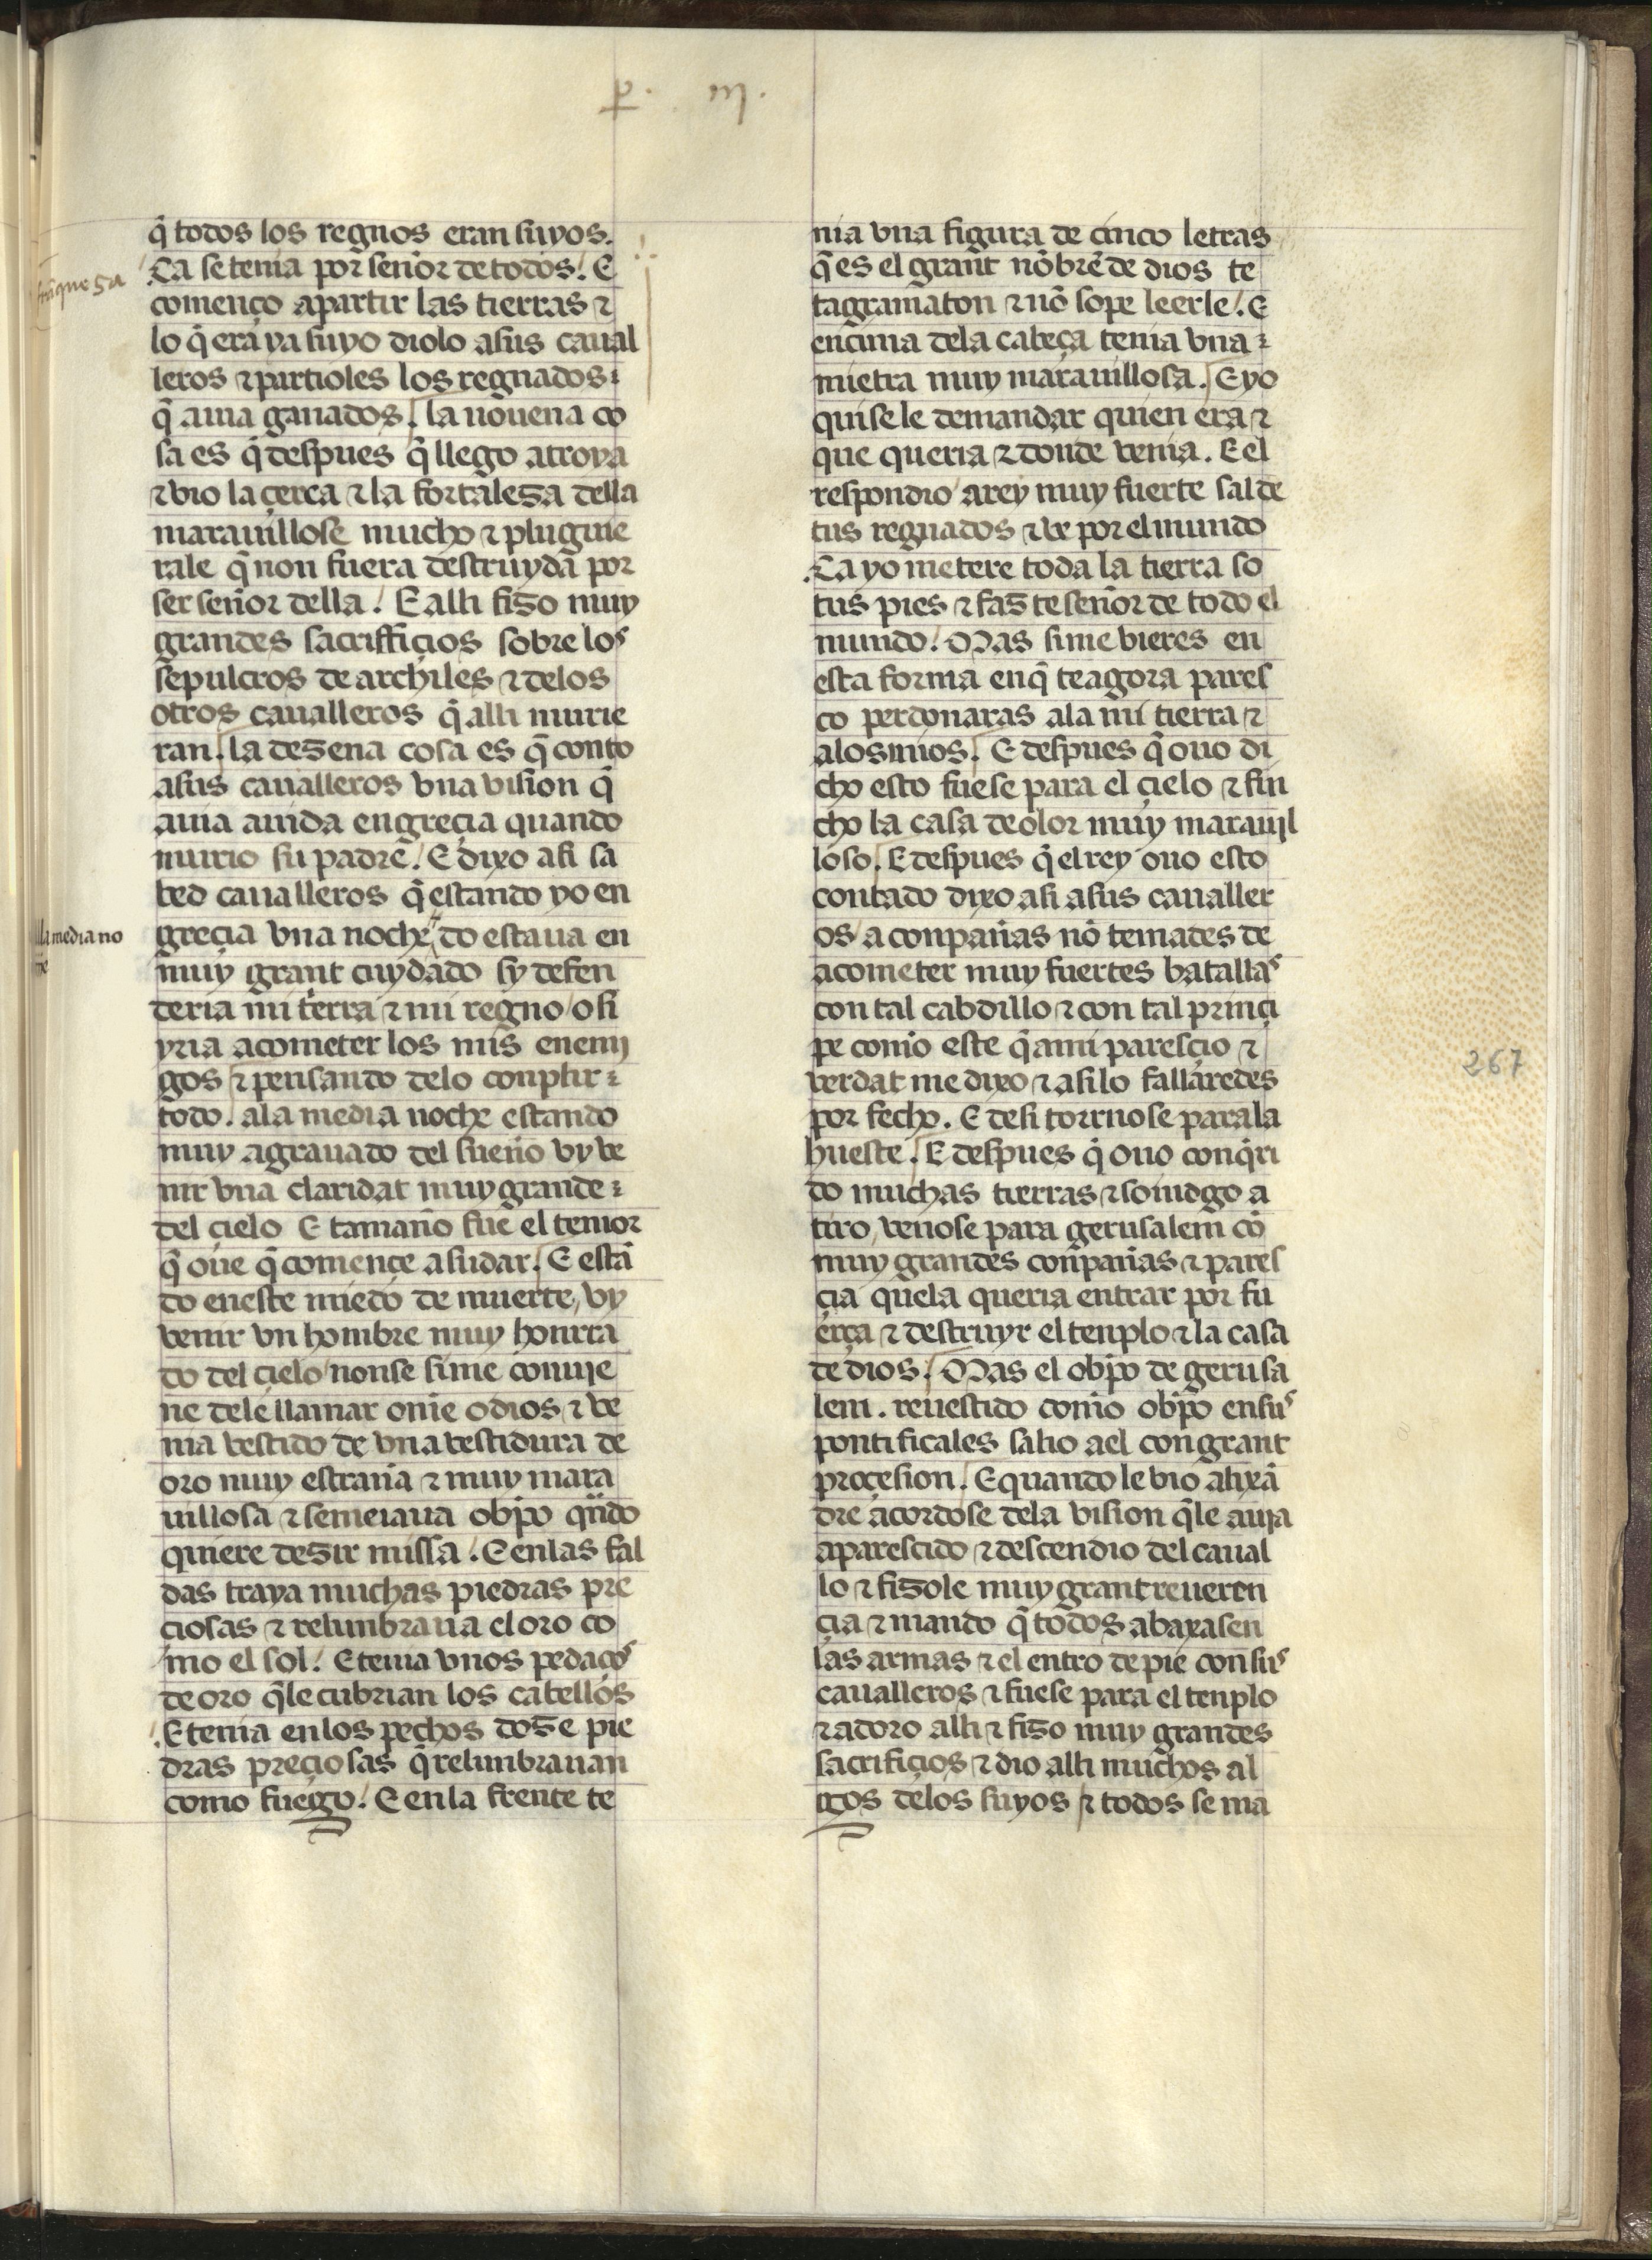
Shelfmark: Madrid, Fundación Lázaro Galdiano, mss 289
Century: 15